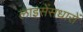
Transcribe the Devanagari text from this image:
लाइसेंसधारों